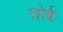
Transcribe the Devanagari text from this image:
जोर्क